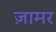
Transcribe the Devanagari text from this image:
ज़ामर